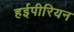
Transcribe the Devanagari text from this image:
हईपीरियन